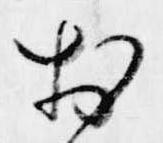
於